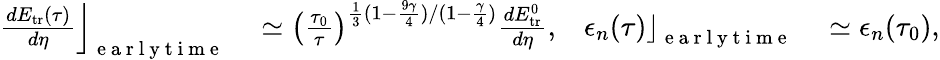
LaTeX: \begin{array}{rlrl}{\left.\frac{dE_{\mathrm{tr}}(\tau)}{d\eta}\right\rfloor_{\mathrm{~e~a~r~l~y~t~i~m~e~}}}&{{}\simeq\left(\frac{\tau_{0}}{\tau}\right)^{\frac{1}{3}(1-\frac{9\gamma}{4})/(1-\frac{\gamma}{4})}\frac{dE_{\mathrm{tr}}^{0}}{d\eta},}&{\left.\epsilon_{n}(\tau)\right\rfloor_{\mathrm{~e~a~r~l~y~t~i~m~e~}}}&{{}\simeq\epsilon_{n}(\tau_{0}),}\end{array}